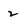
Character: 2